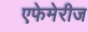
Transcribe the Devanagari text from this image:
एफेमेरीज